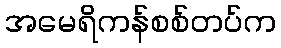
အမေရိကန်စစ်တပ်က